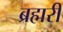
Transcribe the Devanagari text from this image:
ब्रह्मरी